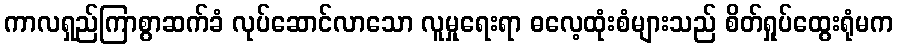
ကာလရှည်ကြာစွာဆက်ခံ လုပ်ဆောင်လာသော လူမှုရေးရာ ဓလေ့ထုံးစံများသည် စိတ်ရှုပ်ထွေးရုံမက